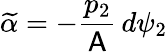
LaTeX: \widetilde{\alpha}=-\frac{p_{2}}{\mathsf{A}}\, d\psi_{2}